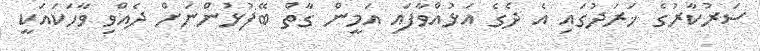
ސަރުކާރުގެ ޚަރަދުގައި އެ ދެގެ އަޅުއްވާފައި އަމީން ގާތް ބޭފުޅުންނަށް ދެއްވި ވާހަކައަކީ